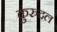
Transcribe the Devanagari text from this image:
कुरुदल